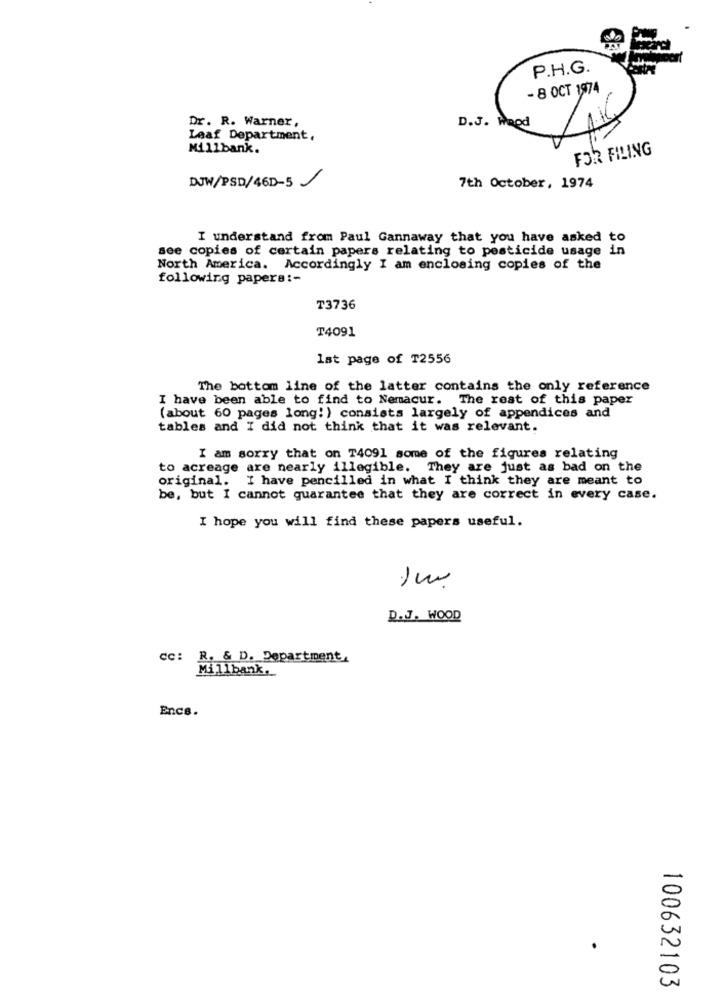
P.H.G.
- 8 OCT 1974
Dr. R. Warner,
D.J. WaOd
Leaf Department,
Millbank.
FOR FILING
DJW/PSD/46D-5
7th October, 1974
I understand from Paul Gannaway that you have asked to
see copies of certain papers relating to pesticide usage in
North America. Accordingly I am enclosing copies of the
following papers :-
T3736
T4091
lat page of T2556
The bottom line of the latter contains the only reference
I have been able to find to Nemacur. The rest of this paper
(about 60 pages long! ) consists largely of appendices and
tables and I did not think that it was relevant.
I am sorry that on T4091 some of the figures relating
to acreage are nearly illegible. They are just as bad on the
original. I have pencilled in what I think they are meant to
be, but I cannot guarantee that they are correct in every case.
I hope you will find these papers useful.
D. J. WOOD
cc: R. & D. Department
Millbank.
Encs.
100632103